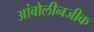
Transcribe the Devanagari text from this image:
आंबोलीनजीक